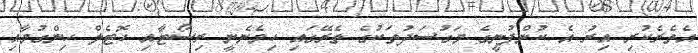
އެތެރެކުރި އިރު އެ ކުންފުނީގެ މަގުސަދުތަކުގެ ތެރޭގައި ހިމެނެނީ ރިސޯޓާއި ހޮޓެލް ހިންގުމާއި